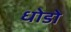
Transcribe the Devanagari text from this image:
धोडो